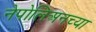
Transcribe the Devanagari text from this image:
नेपोलिअनच्या